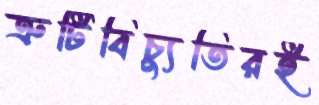
ত্রুটিবিচ্যুতিরই